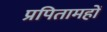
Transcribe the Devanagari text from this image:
प्रपितामहों